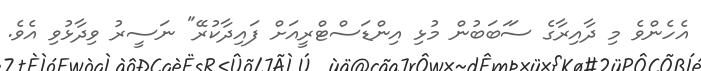
އެހެންވެ މި ދާއިރާގެ ސަަބަބުން މުޅި އިންޑަސްޓްރީއަށް ފައިދާކުރޭ" ނަސީރު ވިދާޅުވި އެވެ.